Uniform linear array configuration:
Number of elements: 24
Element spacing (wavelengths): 0.75
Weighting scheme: binomial
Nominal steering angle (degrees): -30
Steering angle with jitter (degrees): -29.824
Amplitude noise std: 0.05
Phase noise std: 0.05

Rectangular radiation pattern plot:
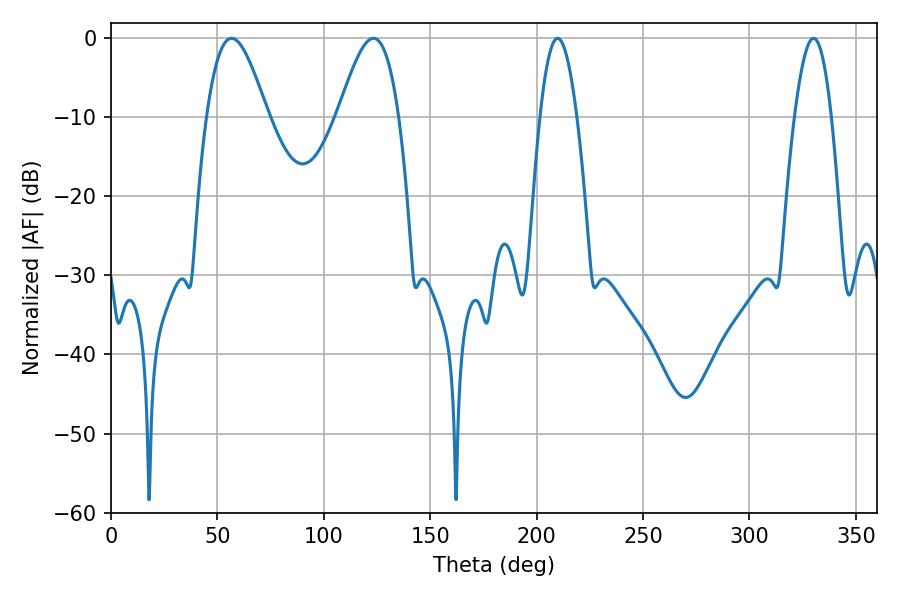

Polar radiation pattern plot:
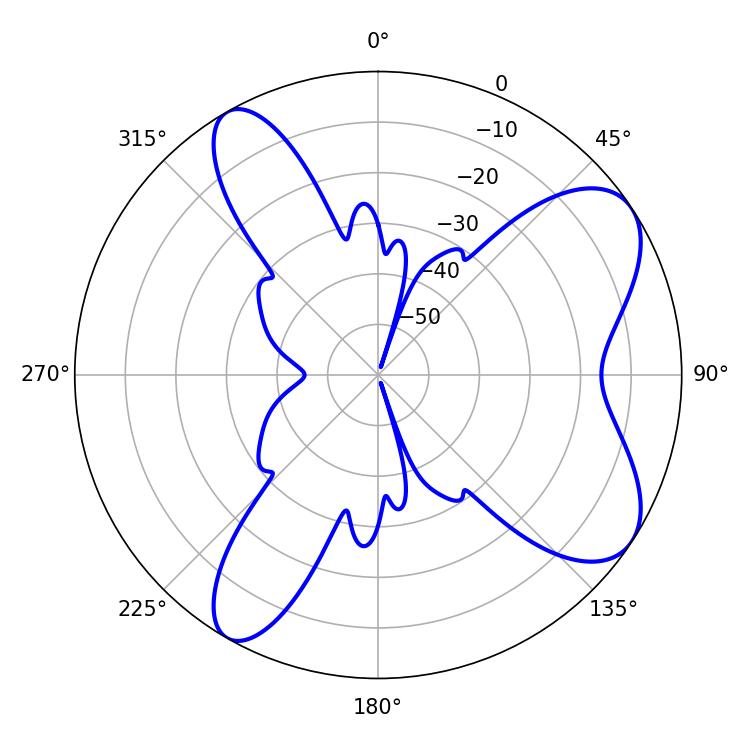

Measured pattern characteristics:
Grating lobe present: TRUE
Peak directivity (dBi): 7.803
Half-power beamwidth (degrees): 9.54
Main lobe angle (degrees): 209.88